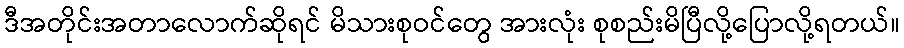
ဒီအတိုင်းအတာလောက်ဆိုရင် မိသားစုဝင်တွေ အားလုံး စုစည်းမိပြီလို့ပြောလို့ရတယ်။